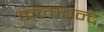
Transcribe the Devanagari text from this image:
कलाचन्द